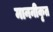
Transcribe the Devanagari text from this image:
माननीकृत